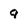
Character: 9